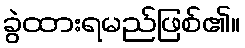
ခွဲထားရမည်ဖြစ်၏။